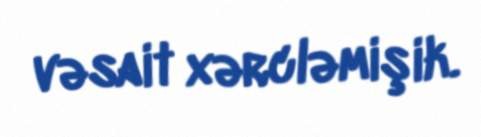
vəsait xərcləmişik.